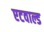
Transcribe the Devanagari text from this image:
एटवाल्ड